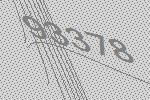
93378